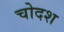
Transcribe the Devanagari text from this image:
चोदश